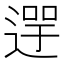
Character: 𨕓